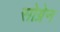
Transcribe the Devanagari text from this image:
सोग्रेन